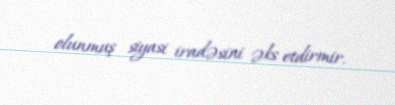
olunmuş siyasi iradəsini əks etdirmir.